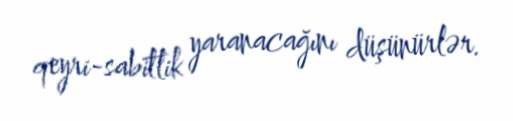
qeyri-sabitlik yaranacağını düşünürlər.